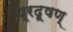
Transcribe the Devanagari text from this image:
प्रदूषण्